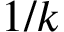
1 / k